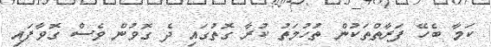
ކަމާ ބެހޭ ފަރާތްތަކުން ތުހުމަތު ކުރާ ގޮތުގައި ދެ ގޮވުން ވެސް ގޮވާފައި